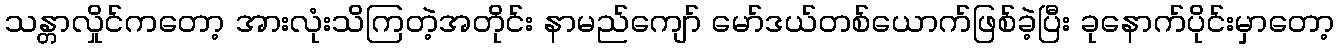
သန္တာလှိုင်ကတော့ အားလုံးသိကြတဲ့အတိုင်း နာမည်ကျော် မော်ဒယ်တစ်ယောက်ဖြစ်ခဲ့ပြီး ခုနောက်ပိုင်းမှာတော့